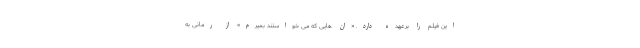
این فیلم را برعهده دارد. «ان هایی که می خواستند بمیرم» از رمانی به